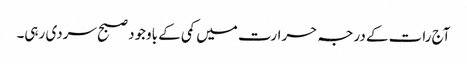
آج رات کے درجہ حرارت میں کمی کے باوجود صبح سردی رہی۔